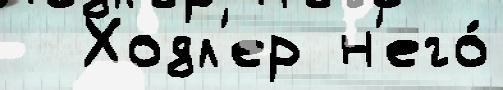
  Ходл'ер н'его́